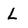
Character: L